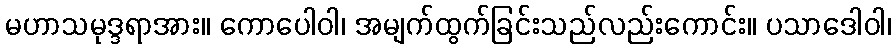
မဟာသမုဒ္ဒရာအား။ ကောပေါဝါ၊ အမျက်ထွက်ခြင်းသည်လည်းကောင်း။ ပသာဒေါဝါ၊